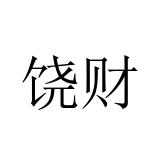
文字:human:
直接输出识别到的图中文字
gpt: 饶财